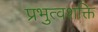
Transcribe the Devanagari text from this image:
प्रभुत्वशक्ति